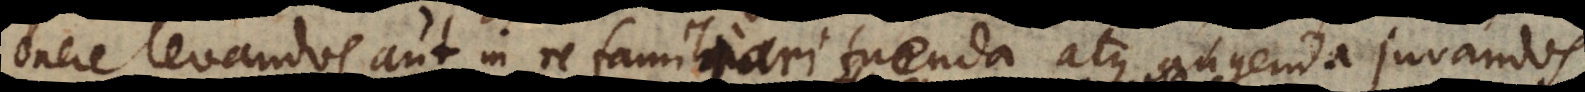
onere levandos, aut in re familiari tuenda atque augenda juvandos